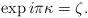
LaTeX: \begin{align*}\exp i \pi \kappa = \zeta.\end{align*}